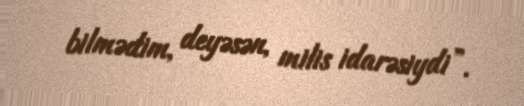
bilmədim, deyəsən, milis idarəsiydi”.